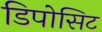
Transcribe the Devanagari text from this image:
डिपोसिट